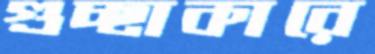
গুচ্ছাকারে